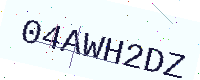
Text: 04AWH2DZ